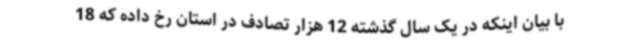
با بیان اینکه در یک سال گذشته 12 هزار تصادف در استان رخ داده که 18